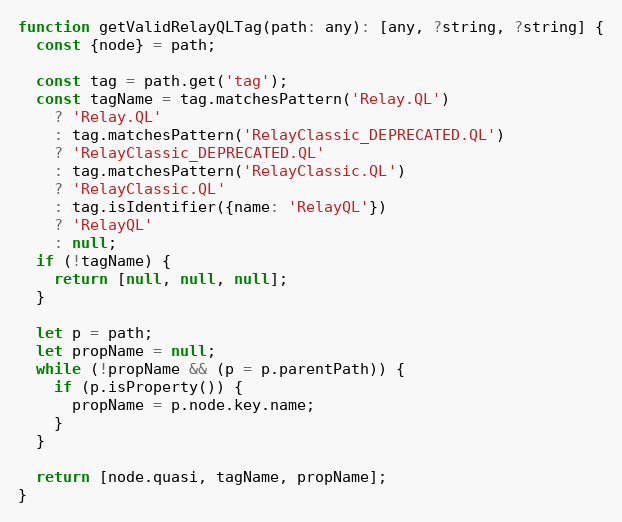
Language: JavaScript
function getValidRelayQLTag(path: any): [any, ?string, ?string] {
  const {node} = path;

  const tag = path.get('tag');
  const tagName = tag.matchesPattern('Relay.QL')
    ? 'Relay.QL'
    : tag.matchesPattern('RelayClassic_DEPRECATED.QL')
    ? 'RelayClassic_DEPRECATED.QL'
    : tag.matchesPattern('RelayClassic.QL')
    ? 'RelayClassic.QL'
    : tag.isIdentifier({name: 'RelayQL'})
    ? 'RelayQL'
    : null;
  if (!tagName) {
    return [null, null, null];
  }

  let p = path;
  let propName = null;
  while (!propName && (p = p.parentPath)) {
    if (p.isProperty()) {
      propName = p.node.key.name;
    }
  }

  return [node.quasi, tagName, propName];
}